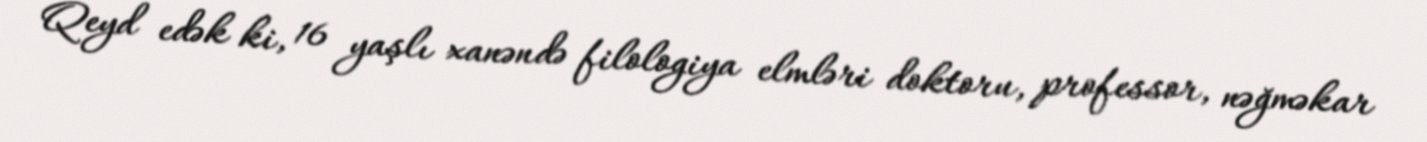
Qeyd edək ki, 16 yaşlı xanəndə filologiya elmləri doktoru, professor, nəğməkar